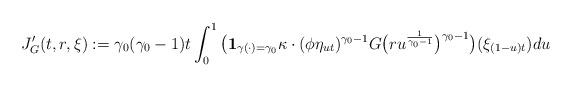
LaTeX: \begin{align*} J'_G(t,r,\xi) :=\gamma_0 (\gamma_0 - 1) t \int_0^1 \big( \mathbf 1_{\gamma(\cdot) = \gamma_0} \kappa \cdot (\phi \eta_{ut})^{\gamma_0 - 1} G\big( ru^{\frac{1}{\gamma_0 - 1}} \big) ^{\gamma_0 - 1} \big) (\xi_{(1-u)t}) du\end{align*}